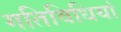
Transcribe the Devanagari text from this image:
गतिविधियां